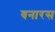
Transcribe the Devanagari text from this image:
वनारस